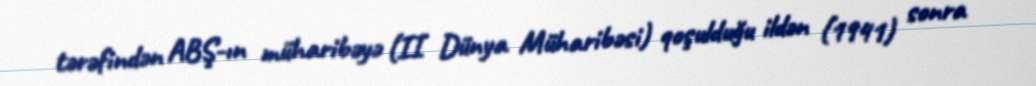
tərəfindən ABŞ-ın müharibəyə (II Dünya Müharibəsi) qoşulduğu ildən (1941) sonra